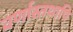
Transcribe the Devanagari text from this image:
वर्णास्तथापि